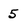
Character: 5